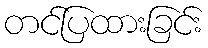
တင်ပြထားခြင်း